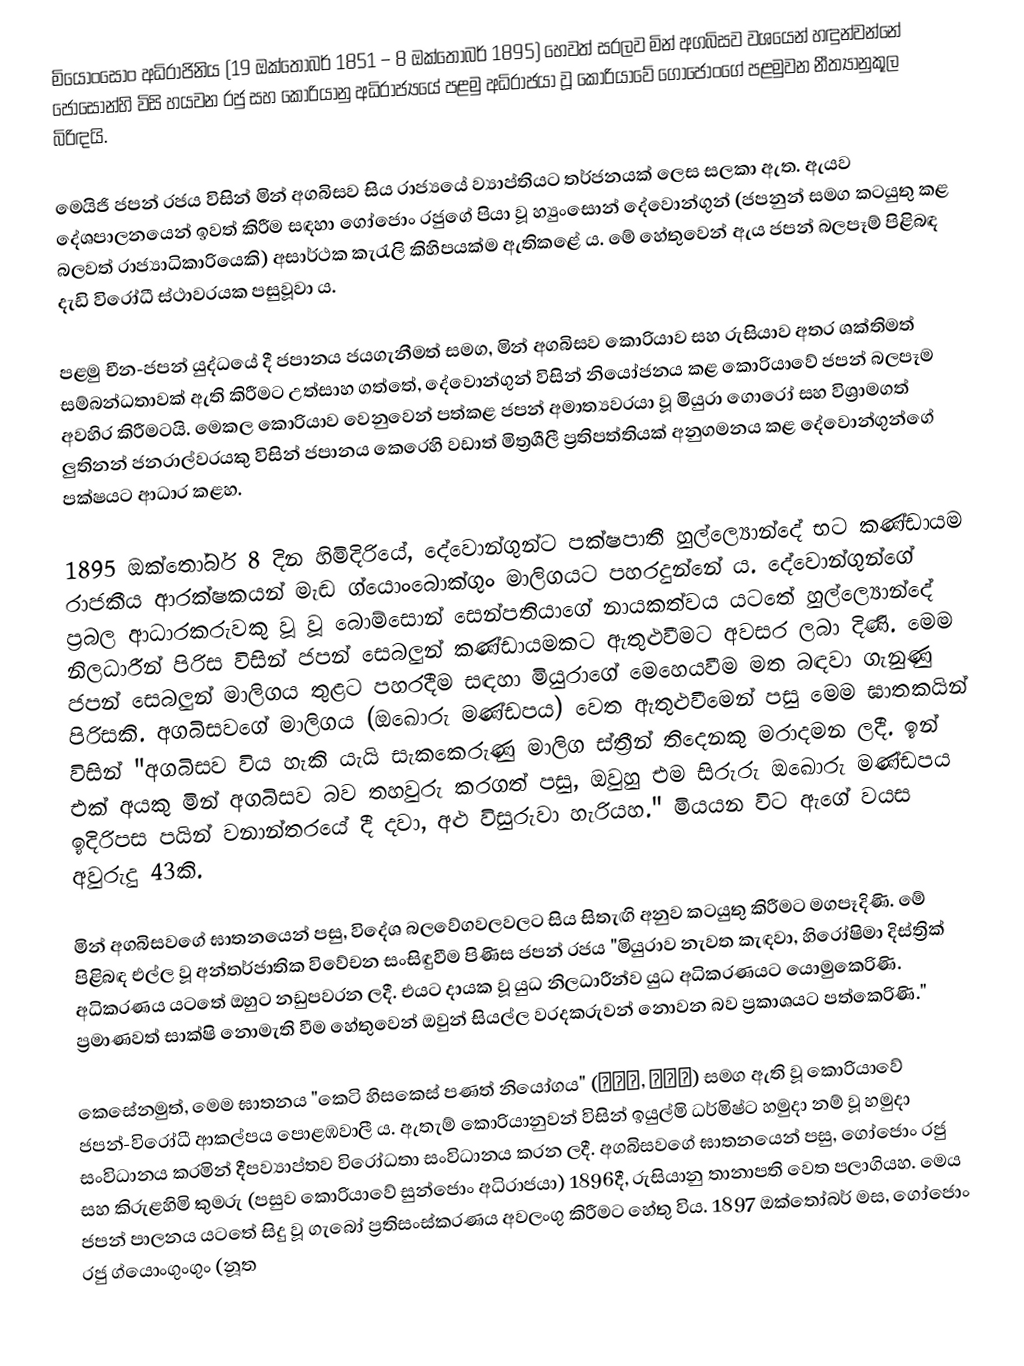
මියොංසොං අධිරාජිනිය (19 ඔක්තෝබර් 1851 – 8 ඔක්තෝබර් 1895) හෙවත් සරලව මින් අගබිසව වශයෙන් හඳුන්වන්නේ ජොසොන්හි විසි හයවන රජු සහ කොරියානු අධිරාජ්‍යයේ පළමු අධිරාජයා වූ කොරියාවේ ගෝජොංගේ පළමුවන නීත්‍යානුකූල බිරිඳයි.

මෙයිජි ජපන් රජය විසින් මින් අගබිසව සිය රාජ්‍යයේ ව්‍යාප්තියට තර්ජනයක් ලෙස සලකා ඇත. ඇයව දේශපාලනයෙන් ඉවත් කිරීම සඳහා ගෝජොං රජුගේ පියා වූ හ්‍යුංසොන් දේවොන්ගුන් (ජපනුන් සමග කටයුතු කළ බලවත් රාජ්‍යාධිකාරියෙකි) අසාර්ථක කැරැලි කිහිපයක්ම ඇතිකළේ ය. මේ හේතුවෙන් ඇය ජපන් බලපෑම් පිළිබඳ දැඩි විරෝධී ස්ථාවරයක පසුවූවා ය.

පළමු චීන-ජපන් යුද්ධයේ දී ජපානය ජයගැනීමත් සමග, මින් අගබිසව කොරියාව සහ රුසියාව අතර ශක්තිමත් සම්බන්ධතාවක් ඇති කිරීමට උත්සාහ ගත්තේ, දේවොන්ගුන් විසින් නියෝජනය කළ කොරියාවේ ජපන් බලපෑම අවහිර කිරීමටයි. මෙකල කොරියාව වෙනුවෙන් පත්කළ ජපන් අමාත්‍යවරයා වූ මියුරා ගොරෝ සහ විශ්‍රාමගත් ලුතිනන් ජනරාල්වරයකු විසින් ජපානය කෙරෙහි වඩාත් මිත්‍රශීලී ප්‍රතිපත්තියක් අනුගමනය කළ දේවොන්ගුන්ගේ පක්ෂයට ආධාර ක‍ළහ.

1895 ඔක්තෝබර් 8 දින හිමිදිරියේ, දේවොන්ගුන්ට පක්ෂපාතී හුල්ල්‍යොන්දේ භට කණ්ඩායම රාජකීය ආරක්ෂකයන් මැඬ ග්යොංබොක්ගුං මාලිගයට පහරදුන්නේ ය. දේවොන්ගුන්ගේ ප්‍රබල ආධාරකරුවකු වූ වූ බොම්සොන් සෙන්පතියාගේ නායකත්වය යටතේ හුල්ල්‍යොන්දේ නිලධාරීන් පිරිස විසින් ජපන් සෙබලුන් කණ්ඩායමකට ඇතුළුවීමට අවසර ලබා දිණි. මෙම ජපන් සෙබලුන් මාලිගය තුළට පහරදීම සඳහා මියුරාගේ මෙහෙයවීම මත බඳවා ගැනුණු පිරිසකි. අගබිසවගේ මාලිගය (ඔඛොරු මණ්ඩපය) වෙත ඇතුළුවීමෙන් පසු මෙම ඝාතකයින් විසින් "අගබිසව විය හැකි යැයි සැකකෙරුණු මාලිග ස්ත්‍රීන් තිදෙනකු මරාදමන ලදී. ඉන් එක් අයකු මින් අගබිසව බව තහවුරු කරගත් පසු, ඔවුහු එම සිරුරු ඔඛොරු මණ්ඩපය ඉදිරිපස පයින් වනාන්තරයේ දී දවා, අළු විසුරුවා හැරියහ." මියයන විට ඇගේ වයස අවුරුදු 43කි.

මින් අගබිසවගේ ඝාතනයෙන් පසු, විදේශ බලවේගවලවලට සිය සිතැඟි අනුව කටයුතු කිරීමට මගපෑදිණි. මේ පිළිබඳ එල්ල වූ අන්තර්ජාතික විවේචන සංසිඳුවීම පිණිස ජපන් රජය "මියුරාව නැවත කැඳවා, හිරෝෂිමා දිස්ත්‍රික් අධිකරණය යටතේ ඔහුට නඩුපවරන ලදී. එයට දායක වූ යුධ නිලධාරීන්ව යුධ අධිකරණයට යොමුකෙරිණි. ප්‍රමාණවත් සාක්ෂි නොමැති වීම හේතුවෙන් ඔවුන් සියල්ල වරදකරුවන් නොවන බව ප්‍රකාශයට පත්කෙරිණි."

කෙසේනමුත්, මෙම ඝාතනය "කෙටි හිසකෙස් පණත් නියෝගය" (단발령, 斷髮令) සමග ඇති වූ කොරියාවේ ජපන්-විරෝධී ආකල්පය පොළඹවාලී ය. ඇතැම් කොරියානුවන් විසින් ඉයුල්මි ධර්මිෂ්ට හමුදා නම් වූ හමුදා සංවිධානය කරමින් දීපව්‍යාප්තව විරෝධතා සංවිධානය කරන ලදී. අගබිසවගේ ඝාතනයෙන් පසු, ගෝජොං රජු සහ කිරුළහිමි කුමරු (පසුව කොරියාවේ සුන්ජොං අධිරාජයා) 1896දී, රුසියානු තානාපති වෙත පලාගියහ. මෙය ජපන් පාලනය යටතේ සිදු වූ ගැබෝ ප්‍රතිසංස්කරණය අවලංගු කිරීමට හේතු විය. 1897 ඔක්තෝබර් මස, ගෝජොං රජු ග්යොංගුංගුං (නූත